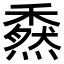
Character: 𥢯